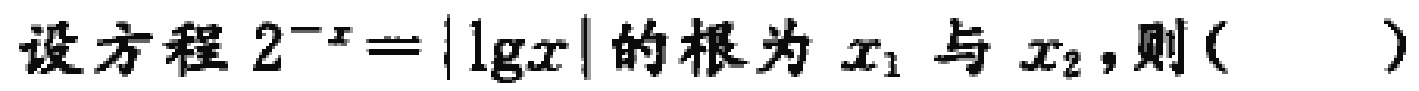
设方程 \(2^{-x}=|\lg x|\) 的根为 \(x_{1}\) 与 \(x_{2}\)，则( )